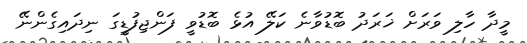
މީދާ ހާލި ވަރަށް ޚަރަދު ބޮޑުވާނެ ކަލޭ އުޅެ ބޮޑުވީ ފަންޖިފުޑީގަ ނިދައިގެންނޭ